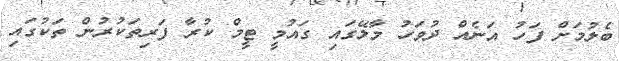
ބެލުމަށް ފަހު އަނެއް ދުވަހު މާލޭގައި ގައުމީ ޓީމް ކުރާ ފަރިތަކުރުން ތަކުގައި